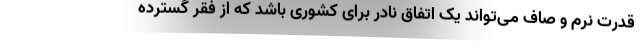
قدرت نرم و صاف می‌تواند یک اتفاق نادر برای کشوری باشد که از فقر گسترده